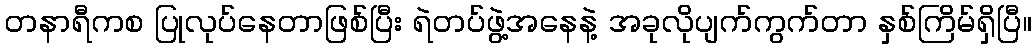
တနာရီကစ ပြုလုပ်နေတာဖြစ်ပြီး ရဲတပ်ဖွဲ့အနေနဲ့ အခုလိုပျက်ကွက်တာ နှစ်ကြိမ်ရှိပြီ။